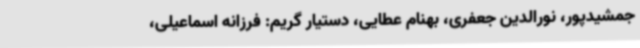
جمشیدپور، نورالدین جعفری، بهنام عطایی، دستیار گریم: فرزانه اسماعیلی،